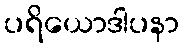
ပရိယောဒါပနာ